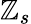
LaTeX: \mathbb{Z}_{s}